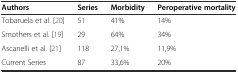
| Authors | Series | Morbidity | Peroperative mortality |
 | --- | --- | --- | --- |
 | Tobaruela et al. [20] | 51 | 41% | 14% |
 | Smothers et al. [19] | 29 | 64% | 34% |
 | Ascanelli et al. [21] | 118 | 27,1% | 11,9% |
 | Current Series | 87 | 33,6% | 20% |